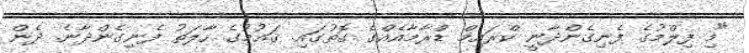
"މި ފިލްމުގެ ފެނިގެންދާނީ ކްރައިމް ޑްރާމާއެއްގެ ގޮތުގައި. ޤައުމުގެ ހާލަތު ފެނިގެންދާނެ. ދެން